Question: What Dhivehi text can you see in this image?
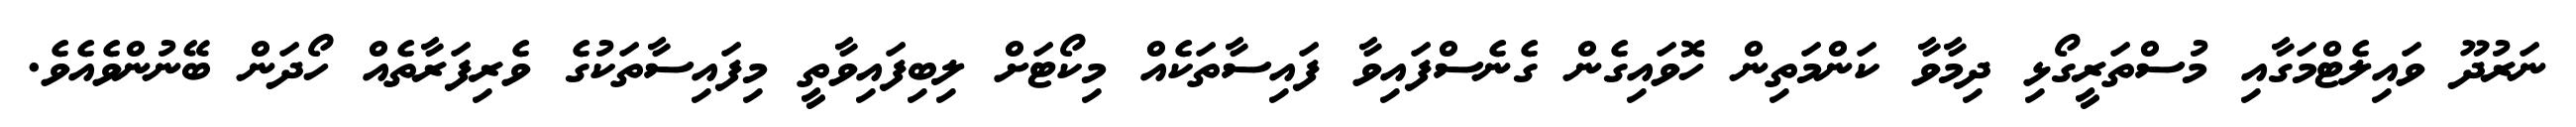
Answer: ނަރުދޫ ވައިލެޓްމަގާއި މުސްތަރީގޯޅި ދިމާވާ ކަންމަތިން ހޮވައިގެން ގެނެސްފައިވާ ފައިސާތަކެއް މިކޯޓަށް ލިބިފައިވާތީ މިފައިސާތަކުގެ ވެރިފަރާތެއް ހޯދަން ބޭނުންވެއެވެ.